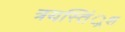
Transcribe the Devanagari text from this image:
त्रयस्तिं्रश